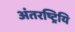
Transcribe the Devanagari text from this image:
अंतरष्ट्रियि